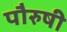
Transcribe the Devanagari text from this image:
पौरुषी